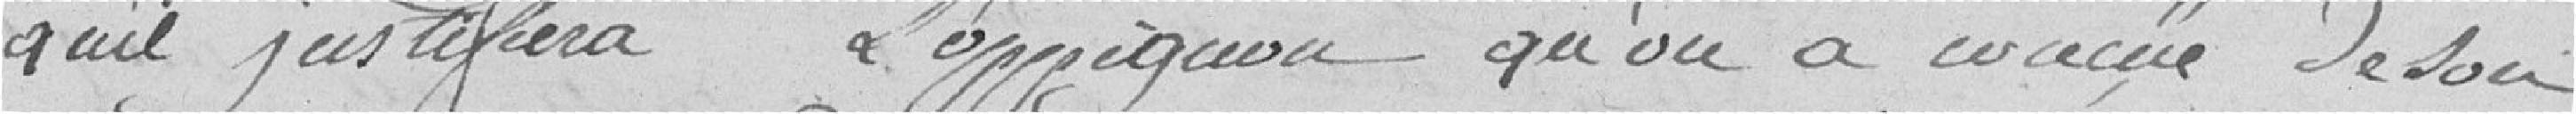
qu'il justifiera l'opinion qu'on a de son